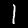
Label: 1